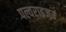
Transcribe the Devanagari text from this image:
पल्वराइजर